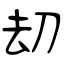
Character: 刧